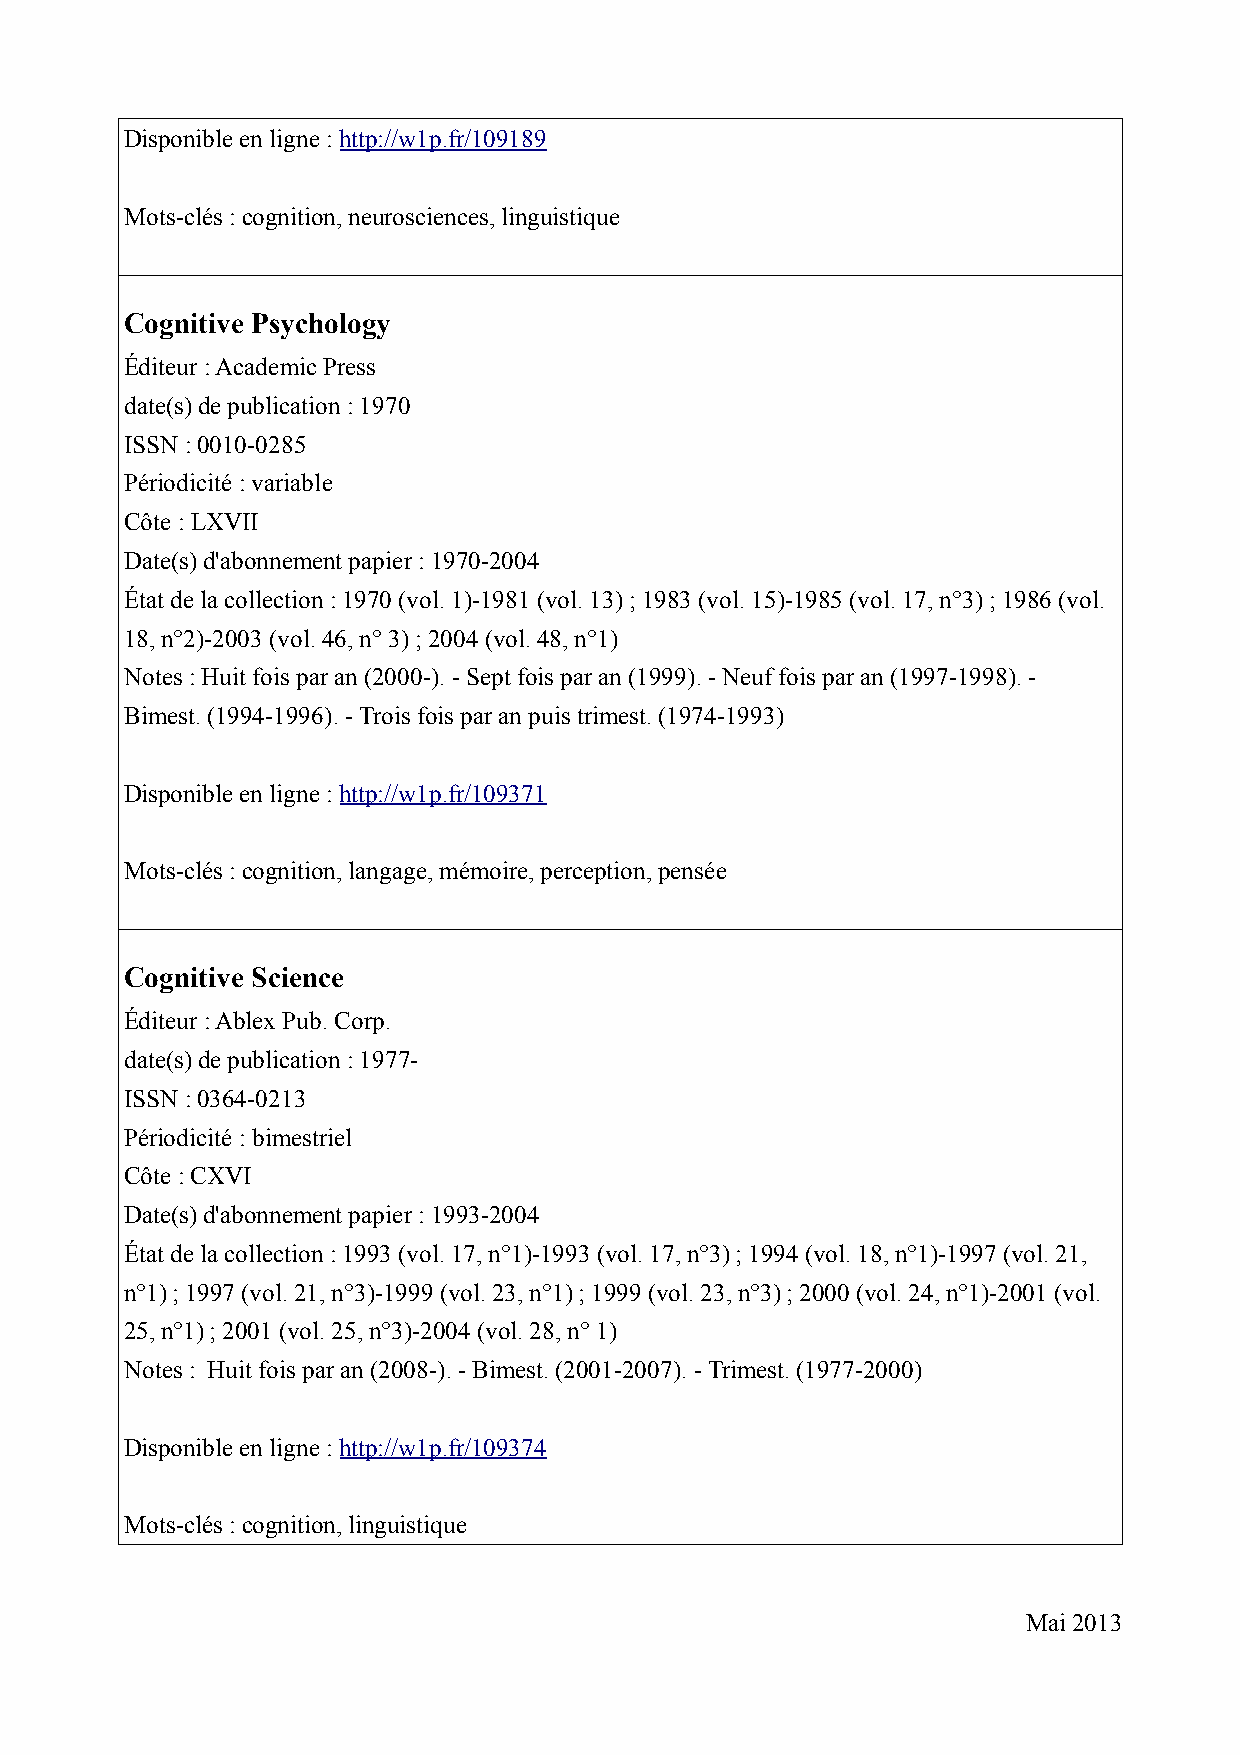
Disponible en ligne : http://w1p.fr/109189
 Mots-clés : cognition, neurosciences, linguistique
 Cognitive Psychology
 Éditeur : Academic Press
 date(s) de publication : 1970
 ISSN : 0010-0285
 Périodicité : variable
 Côte : LXVII
 Date(s) d'abonnement papier : 1970-2004
 État de la collection : 1970 (vol. 1)-1981 (vol. 13) ; 1983 (vol. 15)-1985 (vol. 17, n°3) ; 1986 (vol.
 18, n°2)-2003 (vol. 46, n° 3) ; 2004 (vol. 48, n°1)
 Notes : Huit fois par an (2000-). - Sept fois par an (1999). - Neuf fois par an (1997-1998). -
 Bimest. (1994-1996). - Trois fois par an puis trimest. (1974-1993)
 Disponible en ligne : http://w1p.fr/109371
 Mots-clés : cognition, langage, mémoire, perception, pensée
 Cognitive Science
 Éditeur : Ablex Pub. Corp.
 date(s) de publication : 1977-
 ISSN : 0364-0213
 Périodicité : bimestriel
 Côte : CXVI
 Date(s) d'abonnement papier : 1993-2004
 État de la collection : 1993 (vol. 17, n°1)-1993 (vol. 17, n°3) ; 1994 (vol. 18, n°1)-1997 (vol. 21,
 n°1) ; 1997 (vol. 21, n°3)-1999 (vol. 23, n°1) ; 1999 (vol. 23, n°3) ; 2000 (vol. 24, n°1)-2001 (vol.
 25, n°1) ; 2001 (vol. 25, n°3)-2004 (vol. 28, n° 1)
 Notes : Huit fois par an (2008-). - Bimest. (2001-2007). - Trimest. (1977-2000)
 Disponible en ligne : http://w1p.fr/109374
 Mots-clés : cognition, linguistique
 Mai 2013